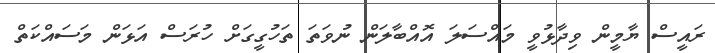
ރައީސް ޔާމީން ވިދާޅުވީ މައްސަލަ އޮއްބާލަން ނުވަތަ ތަހުގީގަށް ހުރަސް އަޅަން މަސައްކަތް